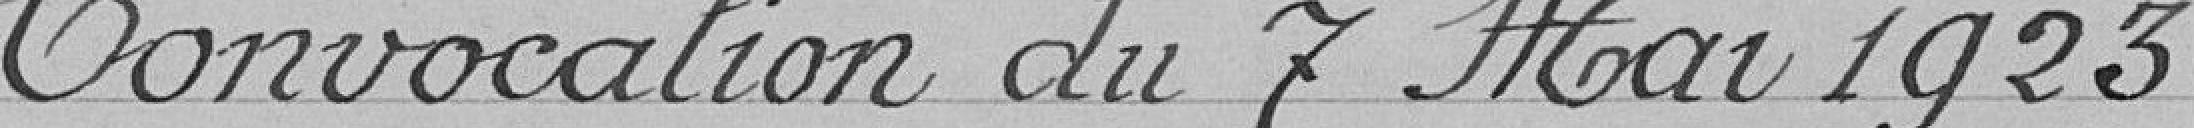
Convocation du 7 mai 1923